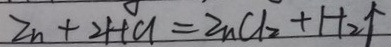
Z n + 2 H C l = Z n C l _ { 2 } + H _ { 2 } \uparrow